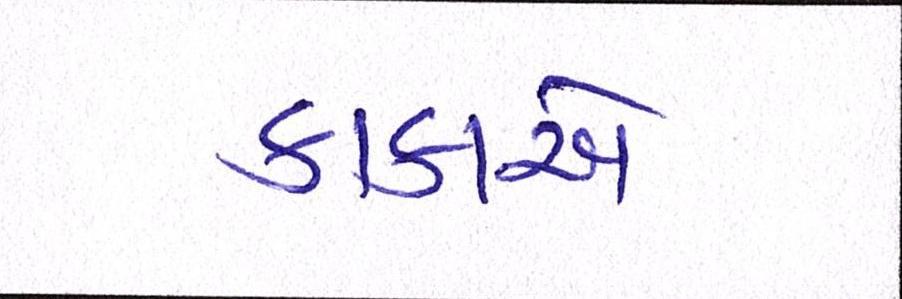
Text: કાકાએ